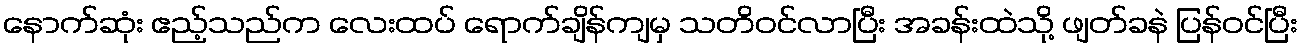
နောက်ဆုံး ဧည့်သည်က လေးထပ် ရောက်ချိန်ကျမှ သတိဝင်လာပြီး အခန်းထဲသို့ ဖျတ်ခနဲ ပြန်ဝင်ပြီး